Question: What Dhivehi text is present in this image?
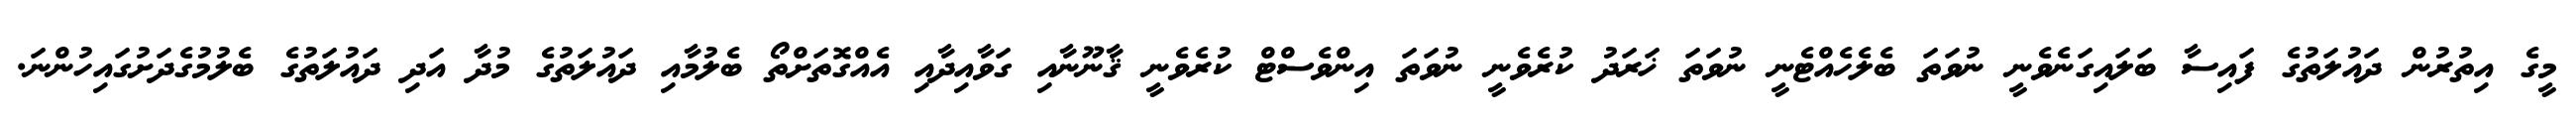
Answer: މީގެ އިތުރުން ދައުލަތުގެ ފައިސާ ބަލައިގަނެވެނީ ނުވަތަ ބެލެހެއްޓެނީ ނުވަތަ ޚަރަދު ކުރެވެނީ ނުވަތަ އިންވެސްޓް ކުރެވެނީ ޤާނޫނާއި ގަވާއިދާއި އެއްގޮތަށްތޯ ބެލުމާއި ދައުލަތުގެ މުދާ އަދި ދައުލަތުގެ ބެލުމުގެދަށުގައިހުންނަ.